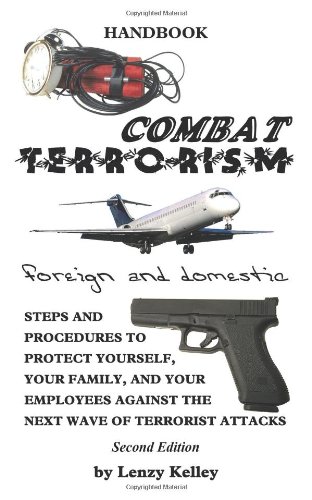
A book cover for Combat Terrorism - Foreign and Domestic; Lenzy Kelley; Crafts, Hobbies & Home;